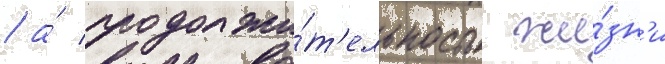
/ а́ продолжи́т'ельность жи́зн'и